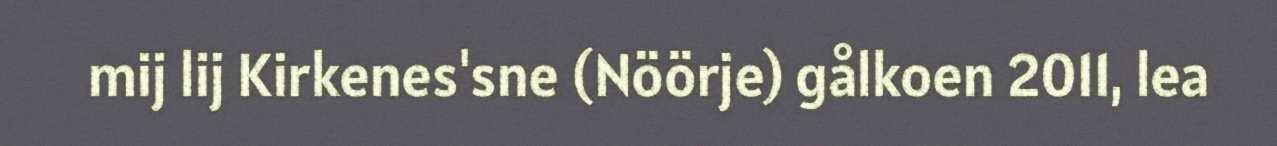
mij lij Kirkenes'sne (Nöörje) gålkoen 2011, lea